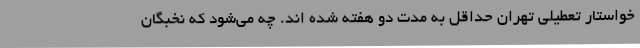
خواستار تعطیلی تهران حداقل به مدت دو هفته شده اند. چه می‌شود که نخبگان